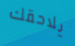
يلاحقك